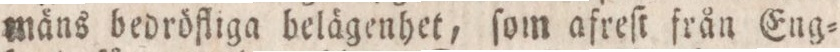
mäns bedröfliga belägenhet, ſom afreſt från Eng=